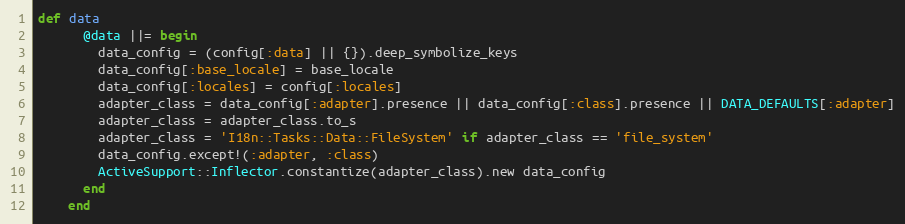
Language: Ruby
def data
      @data ||= begin
        data_config = (config[:data] || {}).deep_symbolize_keys
        data_config[:base_locale] = base_locale
        data_config[:locales] = config[:locales]
        adapter_class = data_config[:adapter].presence || data_config[:class].presence || DATA_DEFAULTS[:adapter]
        adapter_class = adapter_class.to_s
        adapter_class = 'I18n::Tasks::Data::FileSystem' if adapter_class == 'file_system'
        data_config.except!(:adapter, :class)
        ActiveSupport::Inflector.constantize(adapter_class).new data_config
      end
    end